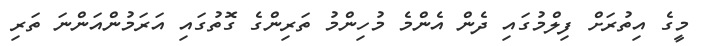
މީގެ އިތުރަށް ފިލްމުގައި ދެން އެންމެ މުހިންމު ތަރިންގެ ގޮތުގައި އަރަމުންއަންނަ ތަރި